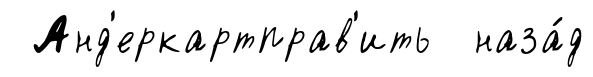
Анд'еркартправ'ить наза́д